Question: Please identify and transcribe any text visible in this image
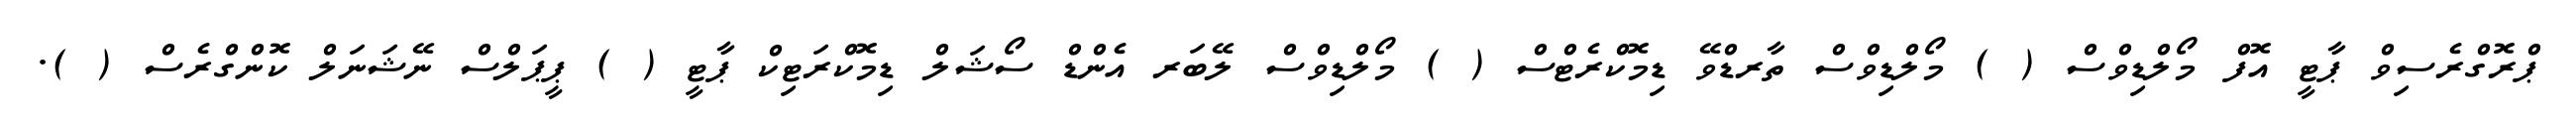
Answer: ޕްރޮގްރެސިވް ޕާޓީ އޮފް މޯލްޑިވްސް ( ) މޯލްޑިވްސް ތާރޑްވޭ ޑިމޮކްރެޓްސް ( ) މޯލްޑިވްސް ލޭބަރ އެންޑް ސޯޝަލް ޑިމޮކްރަޓިކް ޕާޓީ ( ) ޕީޕަލްސް ނޭޝަނަލް ކޮންގްރެސް ( ).